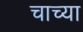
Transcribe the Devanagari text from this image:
चाच्या